Annual administration and progress report of the Indian Medical Department, Bombay
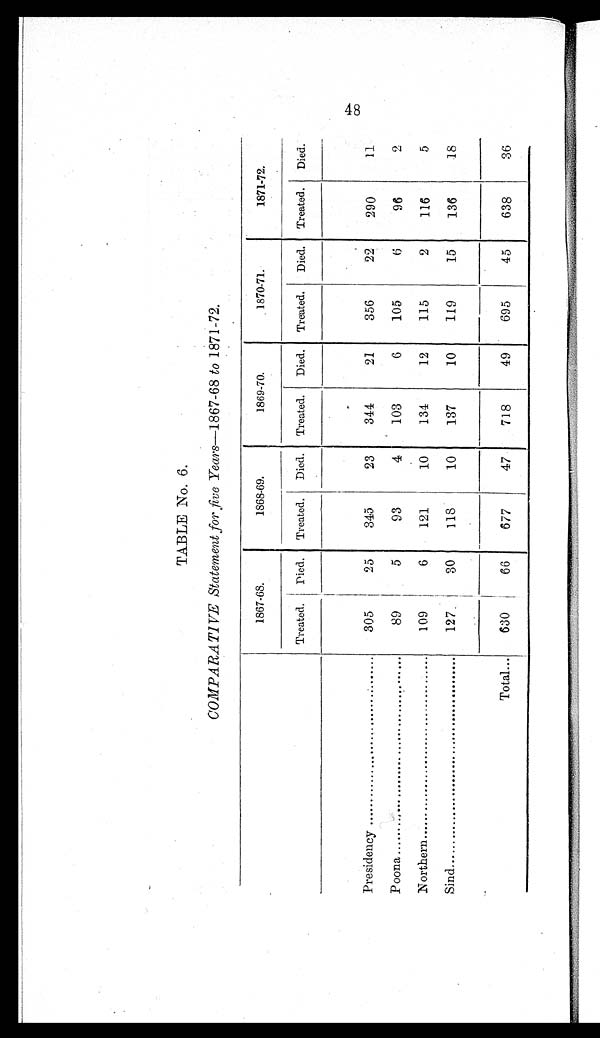
TABLE No. 6.
COMPARATIV E Statement for five Years—1867-68 to 1871-72.
1867-68.
1868-69.
1869-70.
1870-71.
1871-72.
Treated.
Died.
Treated.
Died.
Treated.
Died.
Treated.
Died.
Treated.
Died.
Presidency .....................................
305
25
345
23
344
21
356
22
290
11
Poona ..........................................
89
5
93
4
103
6
105
6
96
2
Northern .......................................
109
6
121
10
134
12
115
2
116
5
Sind ..............................................
127
30
118
10
137
10
119
15
136
18
Total ...
630
66
677
47
718
49
695
45
638
36
48